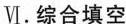
Ⅵ.综合填空